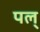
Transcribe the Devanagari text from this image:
पल्